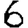
Digit: 6